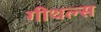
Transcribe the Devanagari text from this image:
गीथल्स